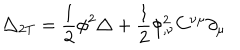
LaTeX: \triangle _ { 2 T } = \frac { 1 } { 2 } \phi ^ { 2 } \triangle + \frac { 1 } { 2 } \phi _ { , \nu } ^ { 2 } C ^ { \nu \mu } \partial _ { \mu }